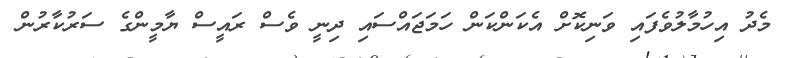
މެދު އިހުމާލުވެފައި ވަނިކޮށް އެކަންކަން ހަމަޖައްސައި ދިނީ ވެސް ރައީސް ޔާމީންގެ ސަރުކާރުން